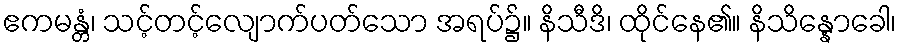
ဧကမန္တံ၊ သင့်တင့်လျောက်ပတ်သော အရပ်၌။ နိသီဒိ၊ ထိုင်နေ၏။ နိသိန္နောခေါ၊